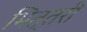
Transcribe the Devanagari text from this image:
भित्तरी